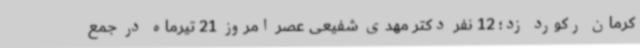
کرمان رکورد زد؛ 12 نفر دکتر مهدی شفیعی عصر امروز 21 تیرماه در جمع